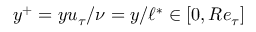
y ^ { + } = y u _ { \tau } / \nu = y / \ell ^ { * } \in [ 0 , R e _ { \tau } ]